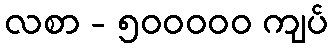
လစာ - ၅၀၀၀၀၀ ကျပ်